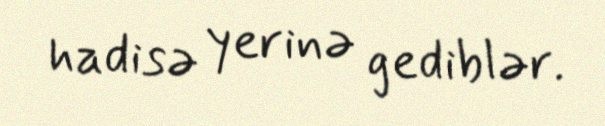
hadisə yerinə gediblər.